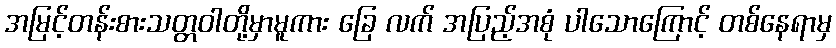
အမြင့်တန်းစားသတ္တဝါတို့မှာမူကား ခြေ လက် အပြည့်အစုံ ပါသောကြောင့် တစ်နေရာမှ